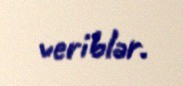
veriblər.